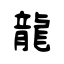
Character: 龍